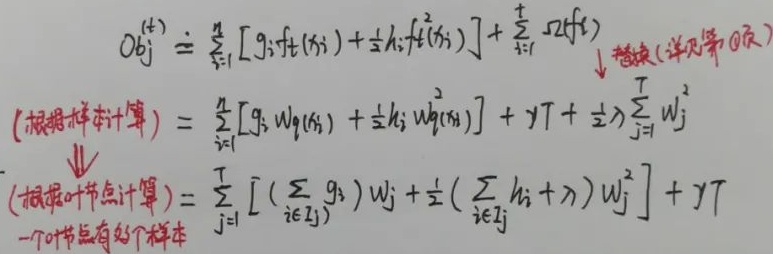
\[
\begin{align*}
Obj^{(t)} &\doteq \sum_{i = 1}^{n}[g_{i}f_{t - 1}(x_{i})+\frac{1}{2}h_{i}f_{t - 1}^{2}(x_{i})]+\frac{\lambda}{2}\sum_{i = 1}^{n}2f(x_{i}) \downarrow \text{替换(详见第0页)}\\
(\text{根据样本计算})&= \sum_{i = 1}^{n}[g_{i} w_{q}(x_{i})+\frac{1}{2}h_{i} w_{q}^{2}(x_{i})]+\gamma T+\frac{1}{2}\lambda\sum_{j = 1}^{T} w_{j}^{2}\\
(\text{根据叶节点计算})&=\sum_{j = 1}^{T}[(\sum_{i \in I_{j}} g_{i})w_{j}+\frac{1}{2}(\sum_{i \in I_{j}} h_{i}+\lambda)w_{j}^{2}]+\gamma T
\end{align*}
\]
一个叶节点有好个样本